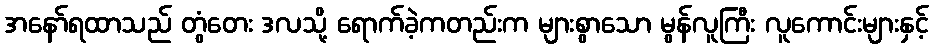
အနော်ရထာသည် တွံတေး ဒလသို့ ရောက်ခဲ့ကတည်းက များစွာသော မွန်လူကြီး လူကောင်းများနှင့်